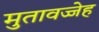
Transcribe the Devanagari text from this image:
मुतावज्जेह